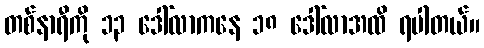
တစ်နာရီကို ၁၃ ဒေါ်လာကနေ ၁၈ ဒေါ်လာအထိ ရပါတယ်။